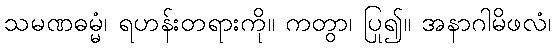
သမဏဓမ္မံ၊ ရဟန်းတရားကို။ ကတွာ၊ ပြု၍။ အနာဂါမိဖလံ၊